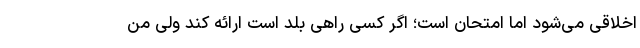
اخلاقی می‌شود اما امتحان است؛ اگر کسی راهی بلد است ارائه کند ولی من